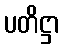
ပတိဋ္ဌာ